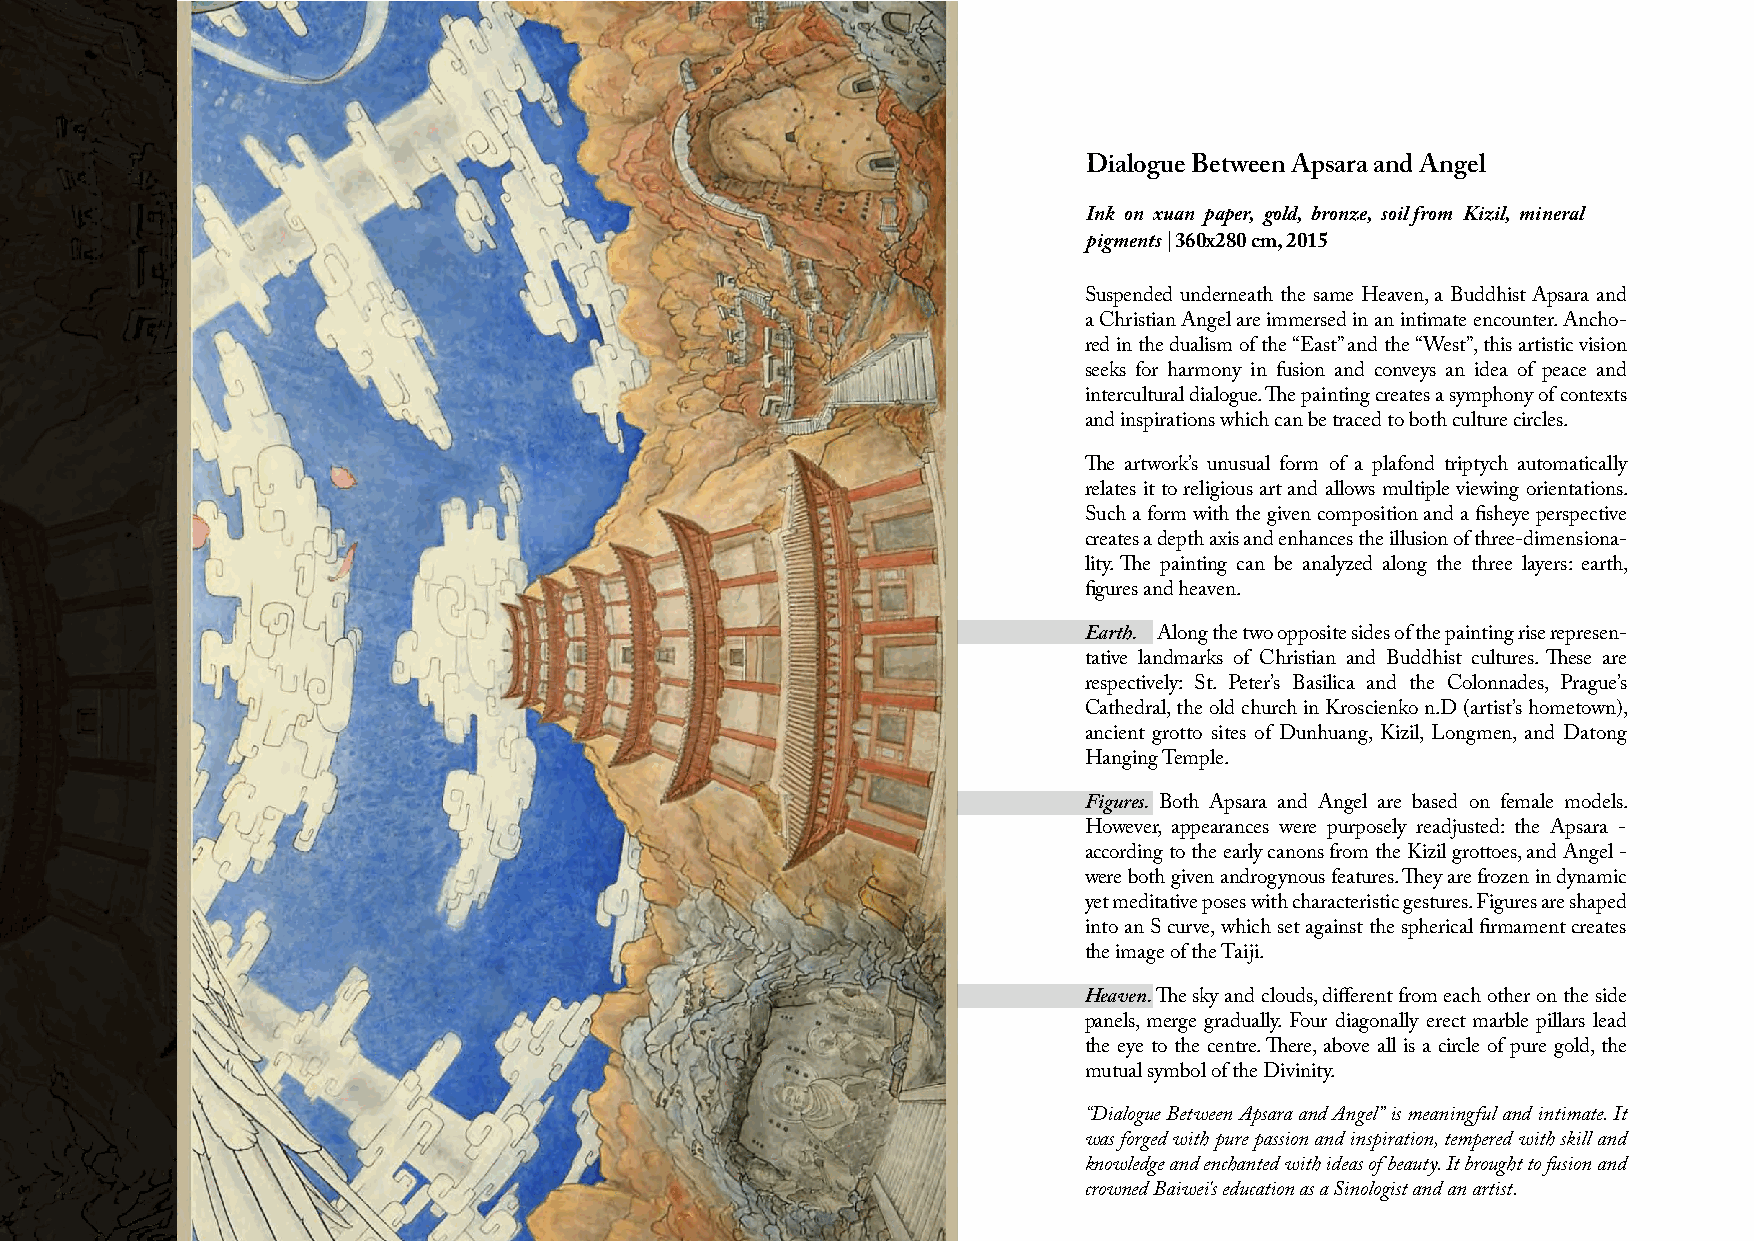
Dialogue Between Apsara and Angel
 Ink on xuan paper, gold, bronze, soil from Kizil, mineral
 pigments | 360x280 cm, 2015
 Suspended underneath the same Heaven, a Buddhist Apsara and
 a Christian Angel are immersed in an intimate encounter. Ancho-
 red in the dualism of the “East” and the “West”, this artistic vision
 seeks for harmony in fusion and conveys an idea of peace and
 intercultural dialogue. The painting creates a symphony of contexts
 and inspirations which can be traced to both culture circles.
 The artwork’s unusual form of a plafond triptych automatically
 relates it to religious art and allows multiple viewing orientations.
 Such a form with the given composition and a fisheye perspective
 creates a depth axis and enhances the illusion of three-dimensiona-
 lity. The painting can be analyzed along the three layers: earth,
 figures and heaven.
 Earth. Along the two opposite sides of the painting rise represen-
 tative landmarks of Christian and Buddhist cultures. These are
 respectively: St. Peter’s Basilica and the Colonnades, Prague’s
 Cathedral, the old church in Kroscienko n.D (artist’s hometown),
 ancient grotto sites of Dunhuang, Kizil, Longmen, and Datong
 Hanging Temple.
 Figures. Both Apsara and Angel are based on female models.
 However, appearances were purposely readjusted: the Apsara -
 according to the early canons from the Kizil grottoes, and Angel -
 were both given androgynous features. They are frozen in dynamic
 yet meditative poses with characteristic gestures. Figures are shaped
 into an S curve, which set against the spherical firmament creates
 the image of the Taiji.
 Heaven. The sky and clouds, different from each other on the side
 panels, merge gradually. Four diagonally erect marble pillars lead
 the eye to the centre. There, above all is a circle of pure gold, the
 mutual symbol of the Divinity.
 “Dialogue Between Apsara and Angel” is meaningful and intimate. It
 was forged with pure passion and inspiration, tempered with skill and
 knowledge and enchanted with ideas of beauty. It brought to fusion and
 crowned Baiwei's education as a Sinologist and an artist.